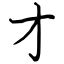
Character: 才